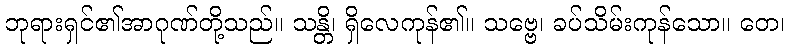
ဘုရားရှင်၏အာဂုဏ်တို့သည်။ သန္တိ၊ ရှိလေကုန်၏။ သဗ္ဗေ၊ ခပ်သိမ်းကုန်သော။ တေ၊